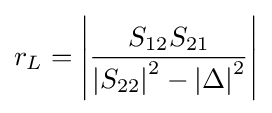
r_{L}=\left|{\frac {S_{12}S_{21}}{\left|S_{22}\right|^{2}-\left|\Delta \right|^{2}}}\right|